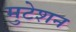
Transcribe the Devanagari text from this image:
मुटेशन